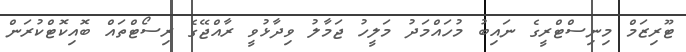
ޓޫރިޒަމް މިނިސްޓްރީގެ ނައިބު މުހައްމަދު މަލީހު ޖަމާލު ވިދާޅުވީ ރާއްޖޭގެ ރިސޯޓްތައް ބޮއިކޮޓްކުރަން